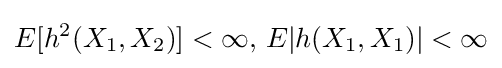
E[h^{2}(X_{1},X_{2})]<\infty ,\,E|h(X_{1},X_{1})|<\infty